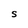
Character: S